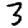
Digit: 3